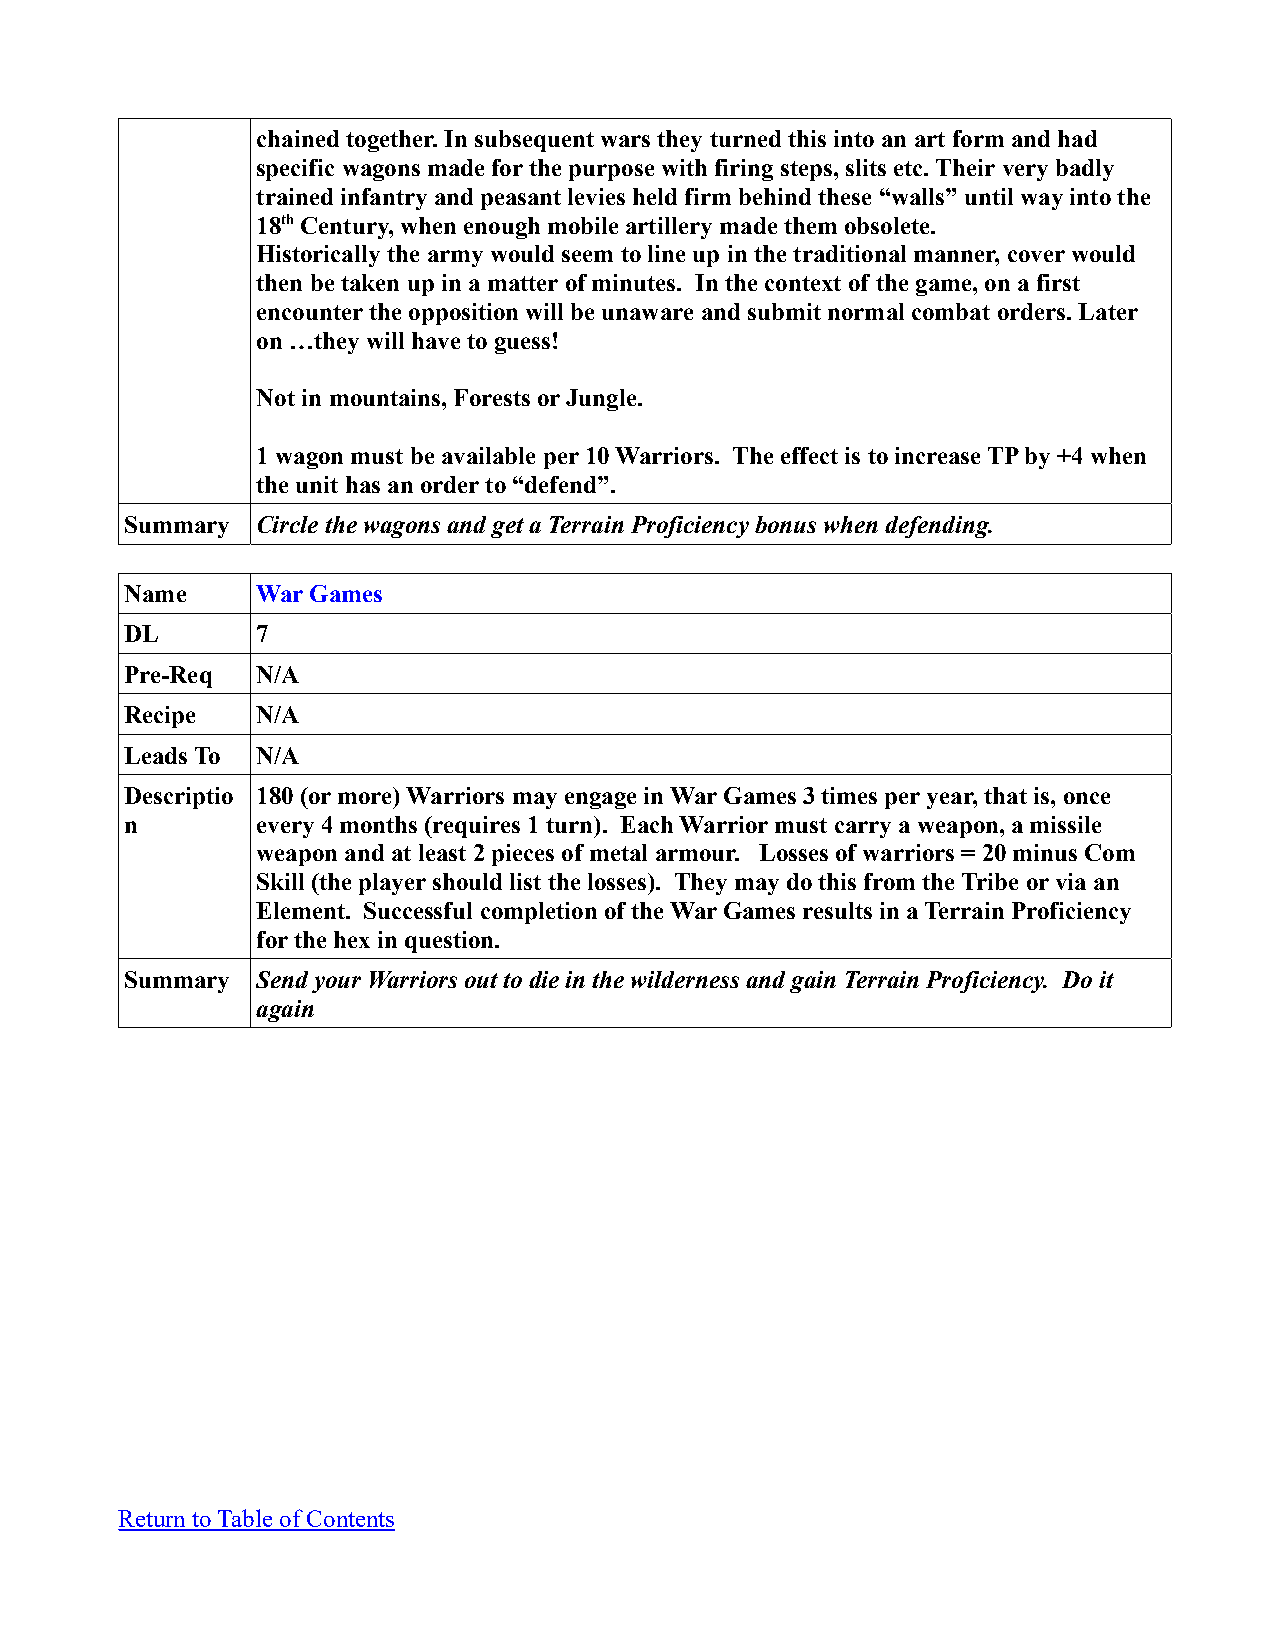
chained together. In subsequent wars they turned this into an art form and had
 specific wagons made for the purpose with firing steps, slits etc. Their very badly
 trained infantry and peasant levies held firm behind these “walls” until way into the
 18th Century, when enough mobile artillery made them obsolete.
 Historically the army would seem to line up in the traditional manner, cover would
 then be taken up in a matter of minutes. In the context of the game, on a first
 encounter the opposition will be unaware and submit normal combat orders. Later
 on …they will have to guess!
 Not in mountains, Forests or Jungle.
 1 wagon must be available per 10 Warriors. The effect is to increase TP by +4 when
 the unit has an order to “defend”.
 Summary  Circle the wagons and get a Terrain Proficiency bonus when defending.
 Name     War Games
 DL       7
 Pre-Req  N/A
 Recipe   N/A
 Leads To N/A
 Descriptio 180 (or more) Warriors may engage in War Games 3 times per year, that is, once
 n        every 4 months (requires 1 turn). Each Warrior must carry a weapon, a missile
 weapon and at least 2 pieces of metal armour. Losses of warriors = 20 minus Com
 Skill (the player should list the losses). They may do this from the Tribe or via an
 Element. Successful completion of the War Games results in a Terrain Proficiency
 for the hex in question.
 Summary  Send your Warriors out to die in the wilderness and gain Terrain Proficiency. Do it
 again
 Return to Table of Contents